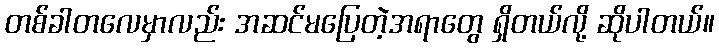
တစ်ခါတလေမှာလည်း အဆင်မပြေတဲ့အရာတွေ ရှိတယ်လို့ ဆိုပါတယ်။